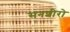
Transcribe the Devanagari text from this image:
सनशीरो